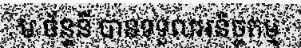
ម ច័ន្ទនី បានទទួលអនិច្ចកម្ម